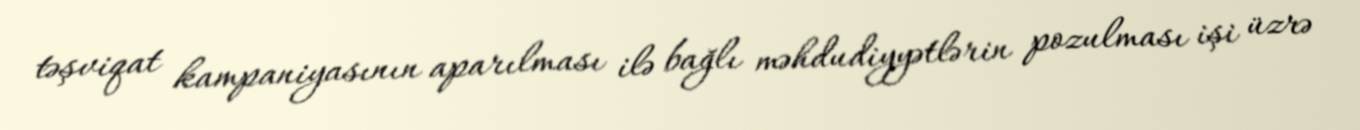
təşviqat kampaniyasının aparılması ilə bağlı məhdudiyyətlərin pozulması işi üzrə